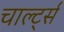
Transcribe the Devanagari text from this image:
चार्ल्ट्स